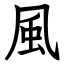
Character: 風